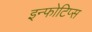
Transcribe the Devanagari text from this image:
इन्फोटिप्स